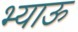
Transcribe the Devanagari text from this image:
भ्याऊ